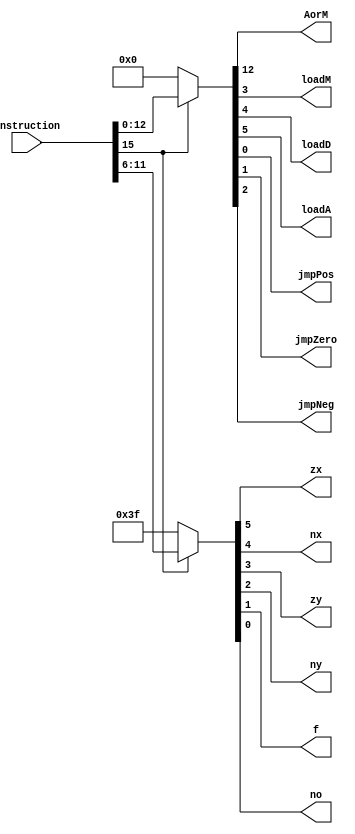
module InstructionDecoder(
   input wire [15:0] instruction,
   output wire AorM, zx, nx, zy, ny, f, no, loadM, loadD, loadA, jmpPos, jmpZero, jmpNeg
);

reg [14:0] c_instruction;
always @(*) begin
   if (~instruction[15]) begin
      c_instruction = 0;
   end
   else begin
      c_instruction = instruction[14:0];
   end
end

assign AorM = c_instruction[12];
assign {zx, nx, zy, ny, f, no} = instruction[15] ? instruction[11:6] : 6'b111111;
assign {loadA, loadD, loadM} = c_instruction[5:3];
assign {jmpNeg, jmpZero, jmpPos} = c_instruction[2:0];

endmodule
// Local Variables:
// verilog-library-directories:(".." "./rtl" ".")
// End: